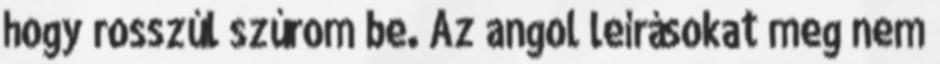
hogy rosszúl szúrom be. Az angol leírásokat meg nem